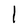
Character: l